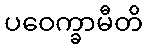
ပဝေက္ခာမီတိ